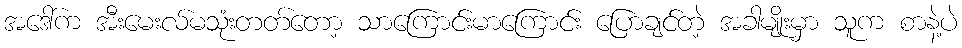
အဒေါ်က အီးမေးလ်မသုံးတတ်တော့ သာကြောင်းမာကြောင်း ပြောချင်တဲ့ အခါမျိုးမှာ သူက စာနဲ့ပဲ